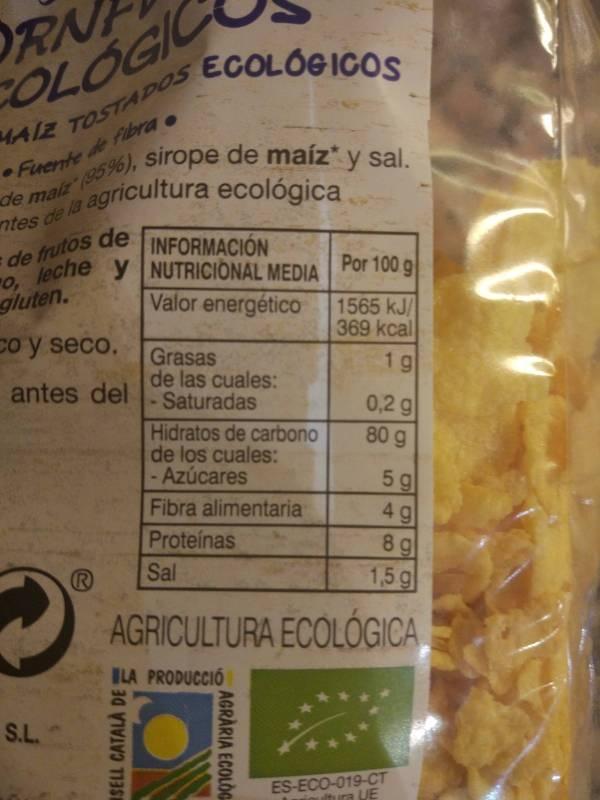
ORN FOLOGIC MAIZ TOSTADOS
de maiz (95%), sirope de maíz* y sal.
Fuente de fibra
agricultura ecológica
ntes de la
ECOLÓGICOS
de frutos de
INFORMACIÓN
o, leche y NUTRICIONAL MEDIA
gluten.
Valor energético
co y seco.
antes del
S.L.
SELL CATALÀ DE
Grasas
de las cuales: Saturadas
Hidratos de carbono de los cuales: Azúcares
Fibra alimentaria
Proteínas
Sal
Por 100 g
1565 kJ/ 369 kcal 1g
AGRARIA ECOLOG
0,2 g 80 g
54
5 g
4 g 8g
AGRICULTURA ECOLÓGICA
LA PRODUCCIÓ
656
1,5 g
ES-ECO-019-CT ltura UE
(0.